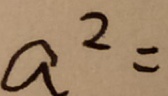
a ^ { 2 } =